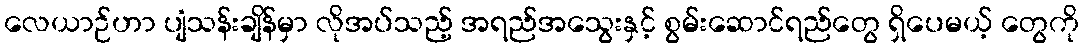
လေယာဉ်ဟာ ပျံသန်းချိန်မှာ လိုအပ်သည့် အရည်အသွေးနှင့် စွမ်းဆောင်ရည်တွေ ရှိပေမယ့် တွေကို